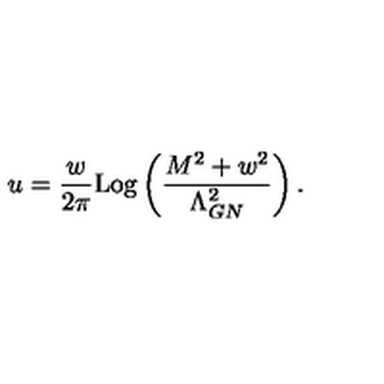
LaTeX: u = \frac { w } { 2 \pi } \mathrm { L o g } \left( \frac { M ^ { 2 } + w ^ { 2 } } { \Lambda _ { G N } ^ { 2 } } \right) .